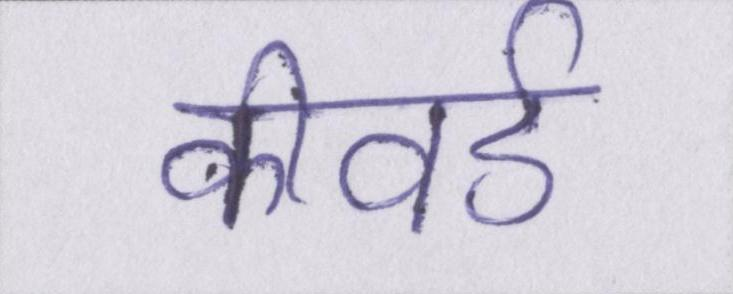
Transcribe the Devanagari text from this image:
कीवर्ड